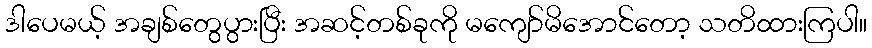
ဒါပေမယ့် အချစ်တွေပွားပြီး အဆင့်တစ်ခုကို မကျော်မိအောင်တော့ သတိထားကြပါ။